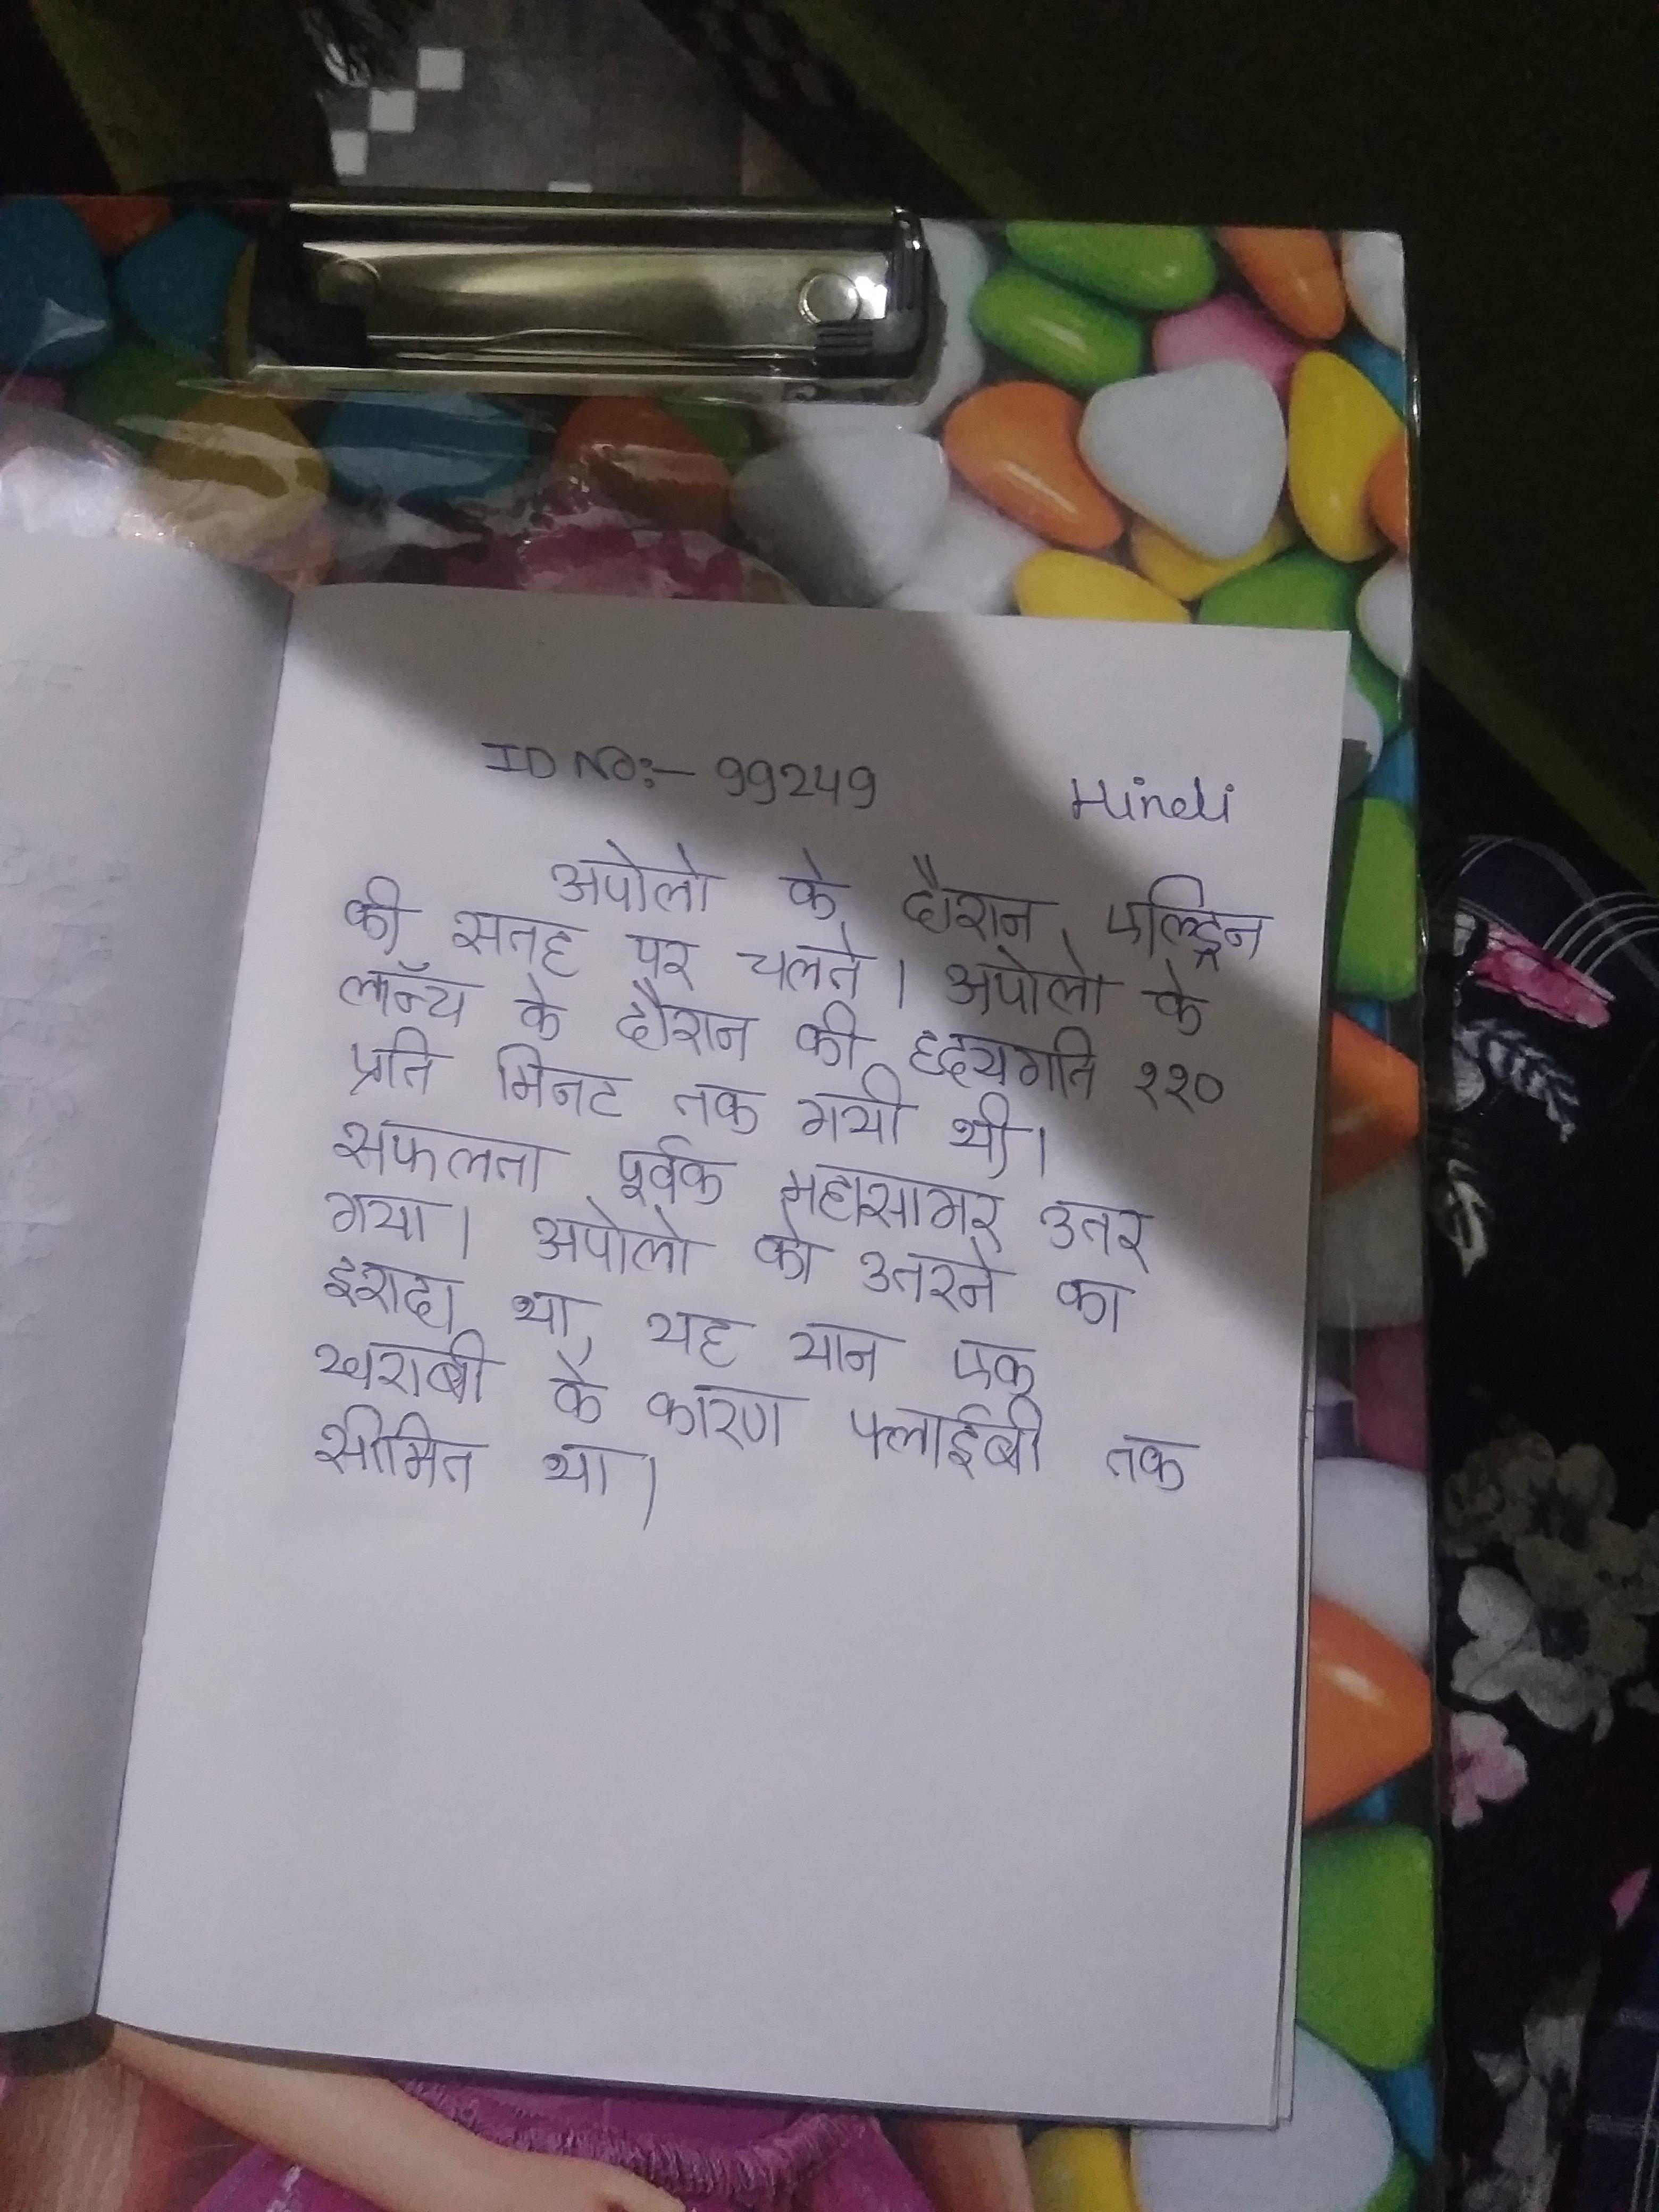
अपोलो के दौरान एल्ड्रिन की सतह पर चलते । अपोलो के लॉन्च के दौरान की हृदयगति ११० प्रति मिनट तक गयी थी । सफलता पूर्वक महासागर उतर गया । अपोलो को उतरने का इरादा था, यह यान एक खराबी के कारण फ्लाईबी तक सीमित था ।